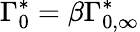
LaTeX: \Gamma_{0}^{*}=\beta\Gamma_{0,\infty}^{*}